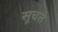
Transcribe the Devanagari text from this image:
सूचते